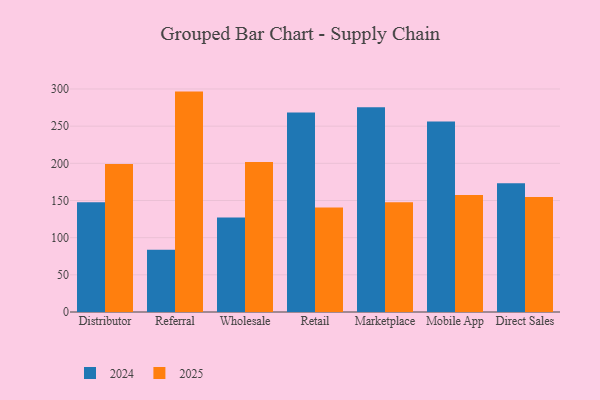
{"axis": {"x": "Channel", "y": "Inventory Turnover"}, "legend": ["2024", "2025"], "data": [{"x": "Distributor", "y": 199.2, "type": "2025"}, {"x": "Distributor", "y": 147.8, "type": "2024"}, {"x": "Referral", "y": 296.5, "type": "2025"}, {"x": "Referral", "y": 83.7, "type": "2024"}, {"x": "Wholesale", "y": 201.8, "type": "2025"}, {"x": "Wholesale", "y": 127.2, "type": "2024"}, {"x": "Retail", "y": 140.5, "type": "2025"}, {"x": "Retail", "y": 268.5, "type": "2024"}, {"x": "Marketplace", "y": 147.5, "type": "2025"}, {"x": "Marketplace", "y": 275.4, "type": "2024"}, {"x": "Mobile App", "y": 157.4, "type": "2025"}, {"x": "Mobile App", "y": 256.3, "type": "2024"}, {"x": "Direct Sales", "y": 154.7, "type": "2025"}, {"x": "Direct Sales", "y": 173.1, "type": "2024"}]}